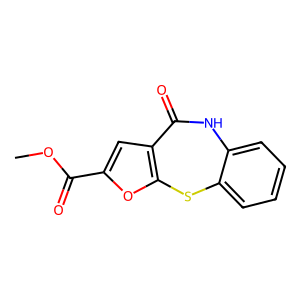
SMILES: COC(=O)c1cc2c(o1)Sc1ccccc1NC2=O
Inhibits HIV replication: No